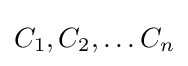
C_{1},C_{2},\ldots C_{n}